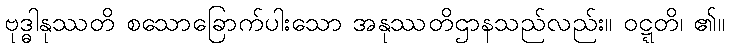
ဗုဒ္ဓါနုဿတိ စသောခြောက်ပါးသော အနုဿတိဌာနသည်လည်း။ ဝဋ္ဋတိ၊ ၏။